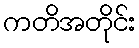
ကတိအတိုင်း